Scottish Leaving Certificate Examination, 1956
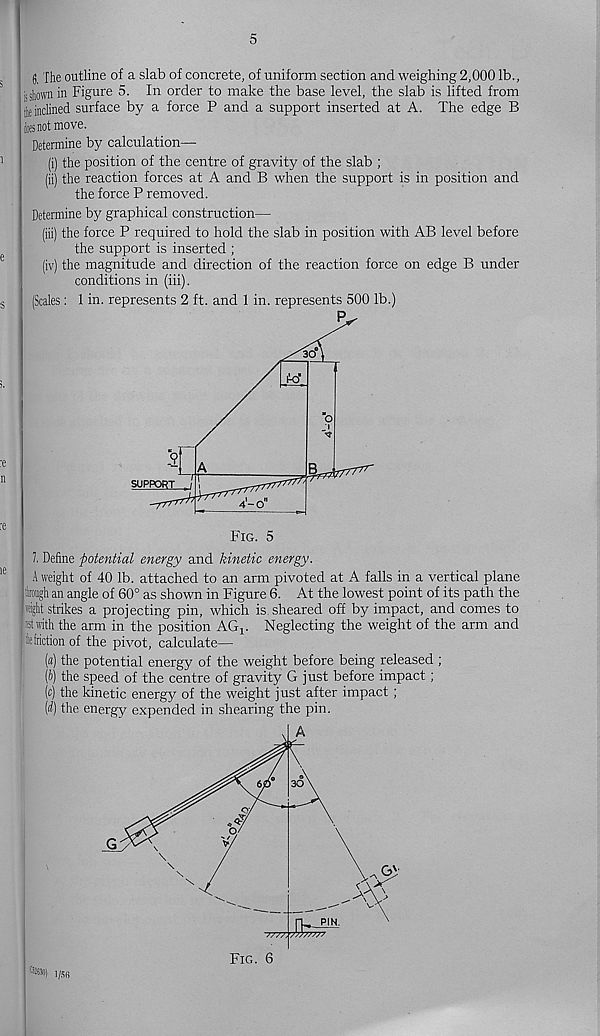
5
g, The outline of a slab of concrete, of uniform section and weighing 2,000 lb.,
isshownvin Figure 5. In order to make the base level, the slab is lifted from
tie inclined surface by a force P and a support inserted at A. The edge B
fas not move.
Determine by calculation—
(i) the position of the centre of gravity of the slab ;
(ii) the reaction forces at A and B when the support is in position and
the force P removed.
Determine by graphical construction—
(iii) the force P required to hold the slab in position with AB level before
the support is inserted ;
(iv) the magnitude and direction of the reaction force on edge B under
conditions in (iii).
(Scales: 1 in. represents 2 ft. and 1 in. represents 500 lb.)
I Define potential energy and kinetic energy.
A weight of 40 lb. attached to an arm pivoted at A falls in a vertical plane
tough an angle of 60° as shown in Figure 6. At the lowest point of its path the
fight strikes a projecting pin, which is sheared off by impact, and comes to
to with the arm in the position AGj. Neglecting the weight of the arm and
fcfriction of the pivot, calculate—
(a) the potential energy of the weight before being released ;
(b) the speed of the centre of gravity G just before impact ;
(c) the kinetic energy of the weight just after impact ;
(d) the energy expended in shearing the pin.
«») i /5(!
Fig. 6